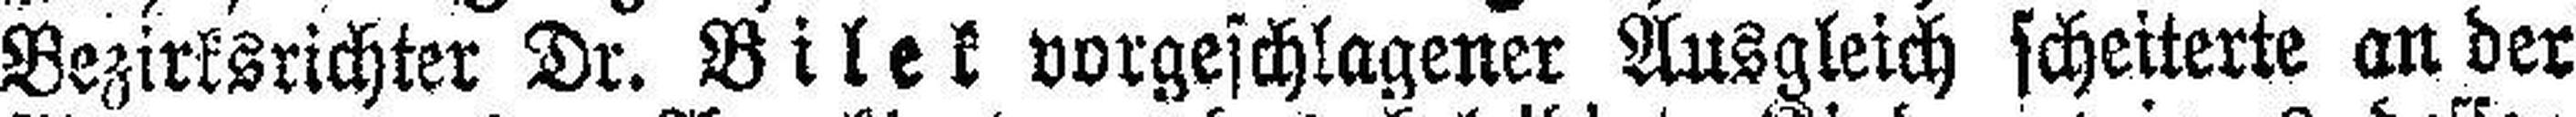
Bezirksrichter Dr. Bilek vorgeschlagener Ausgleich scheiterte an der